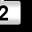
Digit: 2